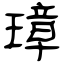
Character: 璋